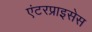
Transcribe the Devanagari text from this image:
एंटरप्राइसेस